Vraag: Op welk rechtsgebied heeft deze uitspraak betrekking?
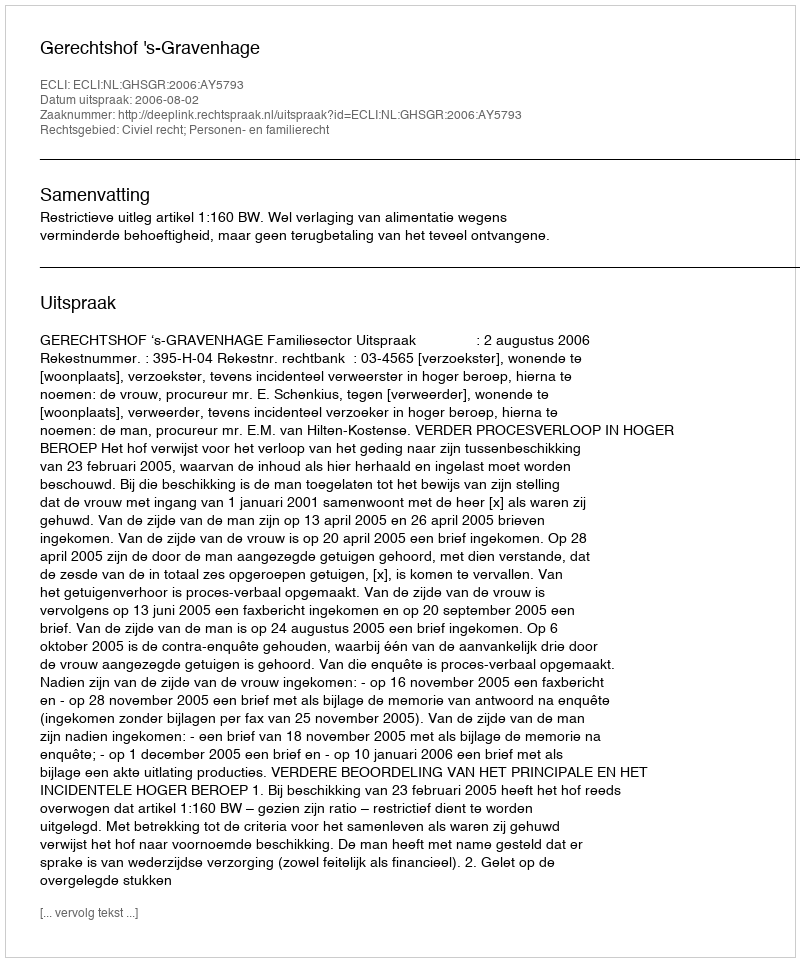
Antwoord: Civiel recht; Personen- en familierecht